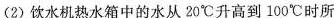
(2)饮水机热水箱中的水从20℃升高到100℃时所